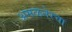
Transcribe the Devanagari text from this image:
अमळनेरचा